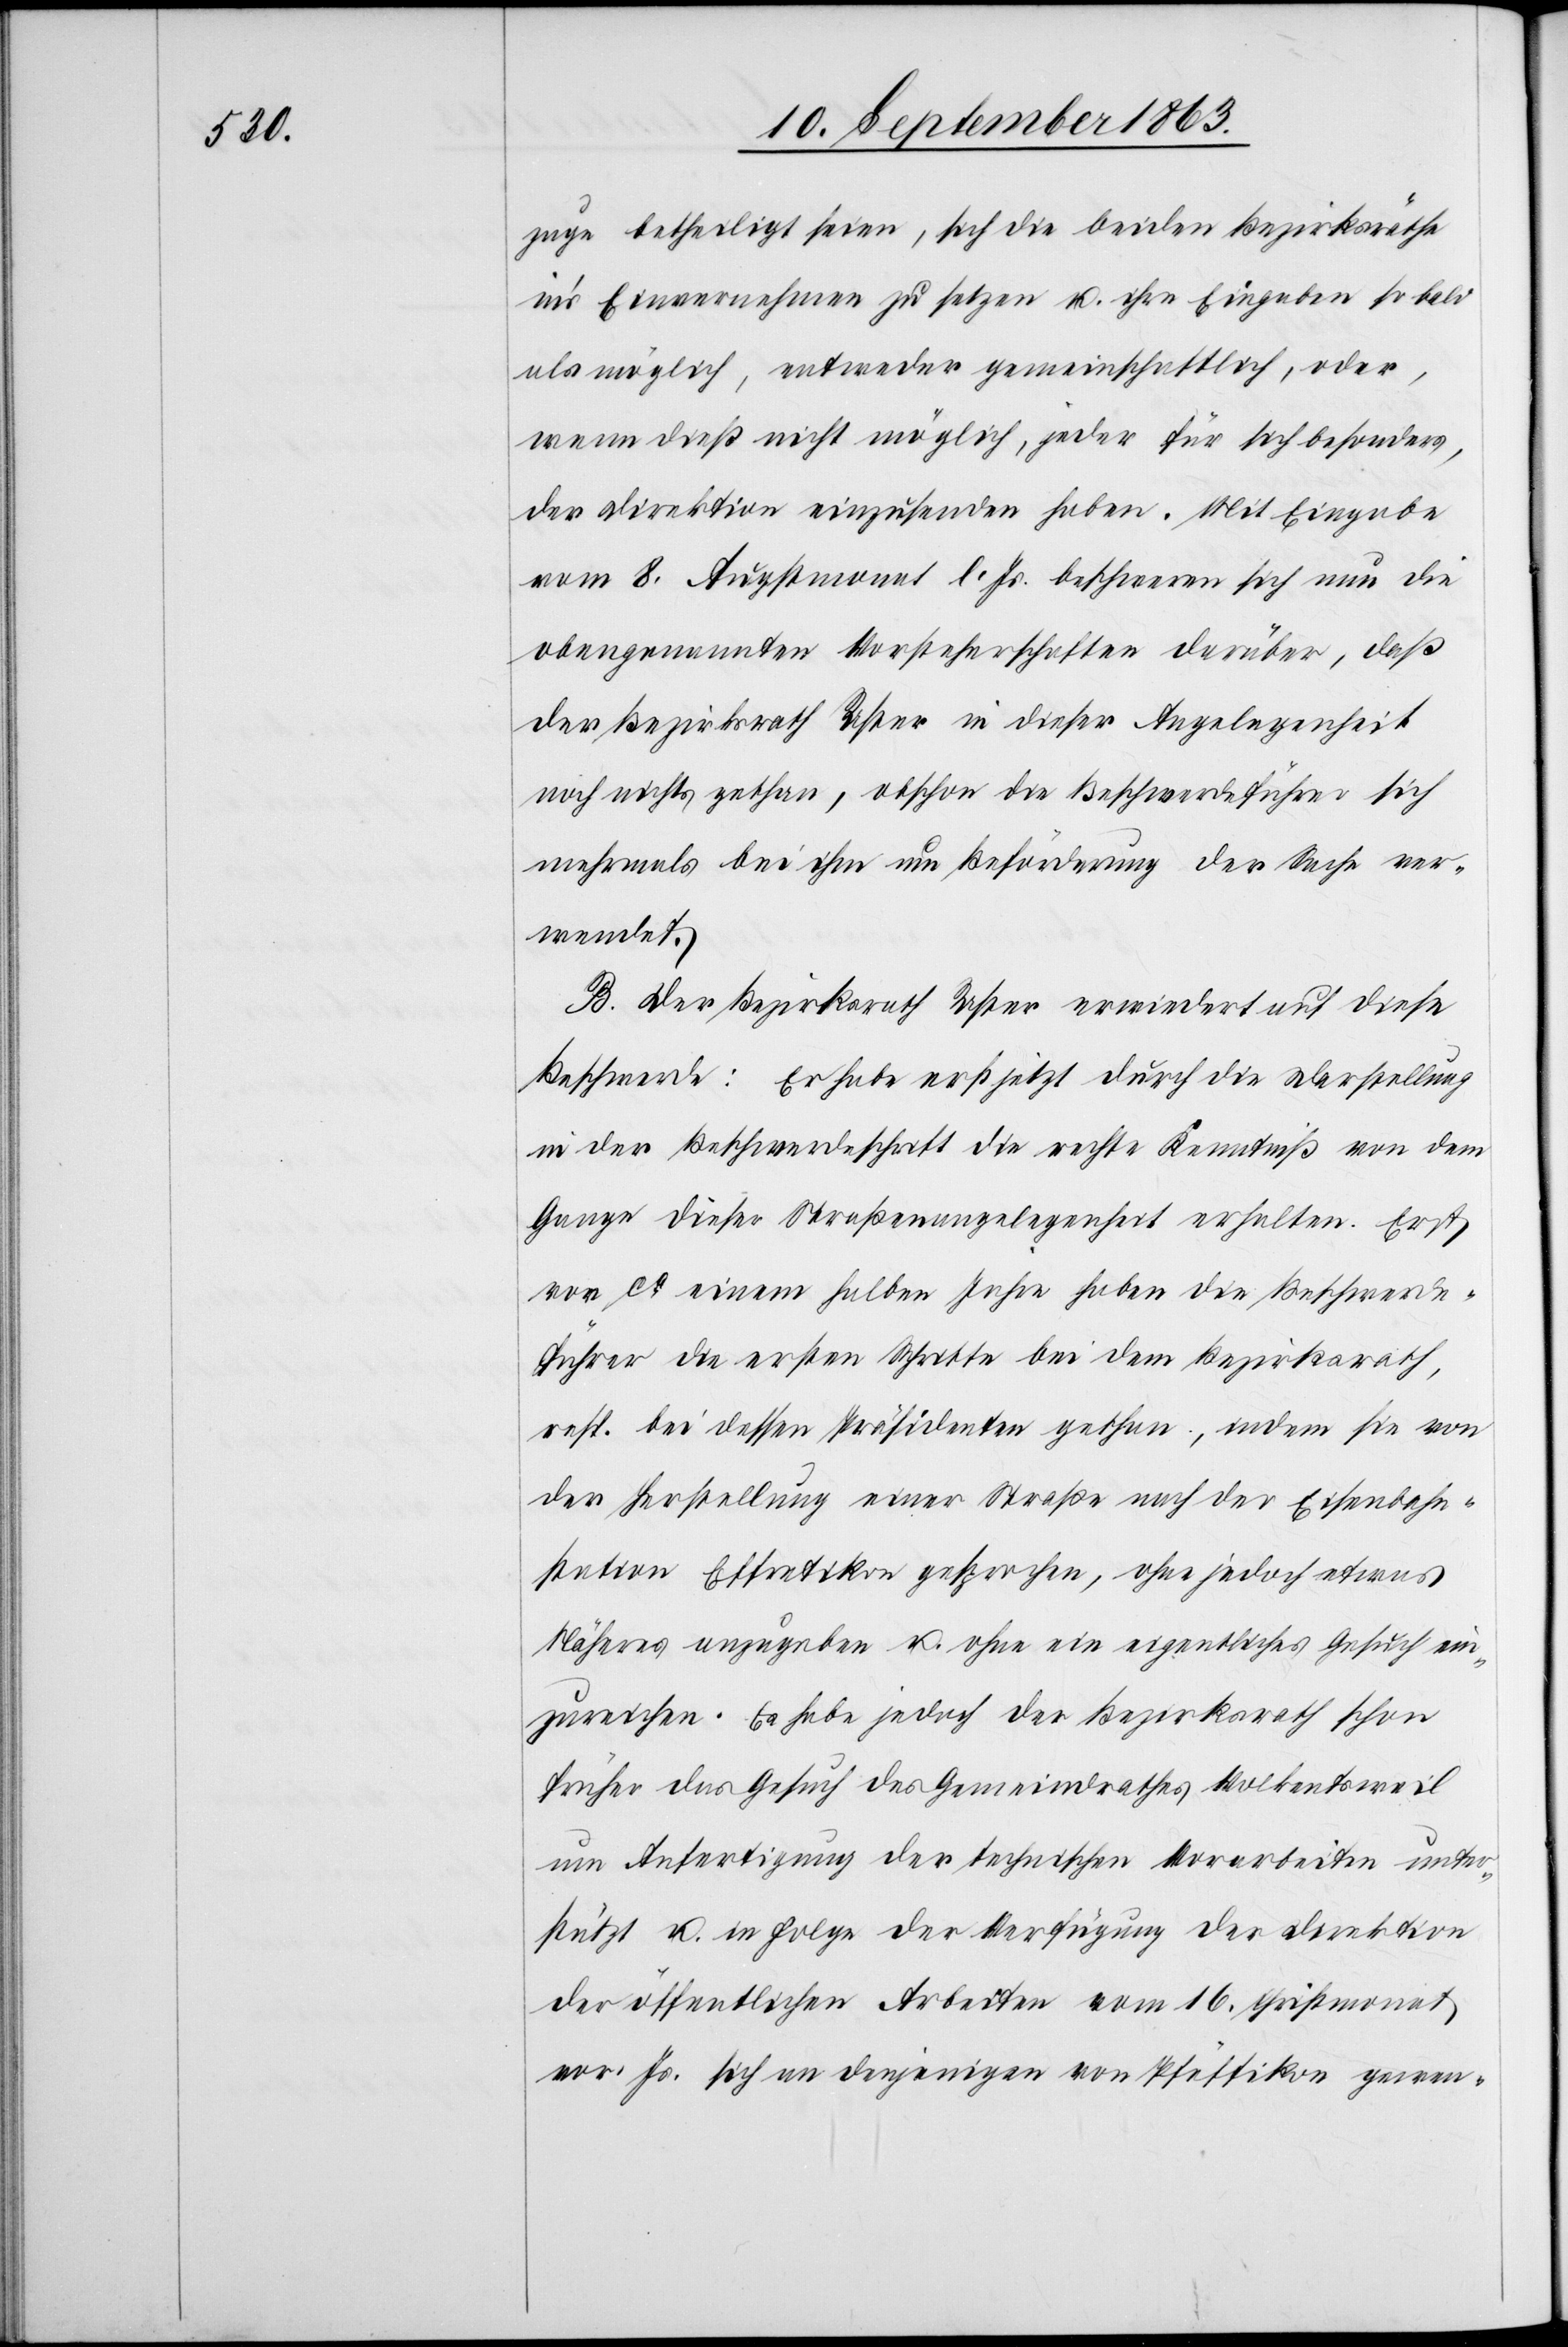
zuge betheiligt seien, sich die beiden Bezirksräthe
in's Einvernehmen zu setzen u. ihre Eingaben so bald
als möglich, entweder gemeinschaftlich, oder,
wenn dieß nicht möglich, jeder für sich besonders,
der Direktion einzusenden haben. Mit Eingabe
vom 8. Augstmonat l. Js. beschweren sich nun die
obengenannten Vorsteherschaften darüber, daß
der Bezirksrath Uster in dieser Angelegenheit
noch nichts gethan, obschon die Beschwerdeführer sich
mehrmals bei ihm um Beförderung der Sache ver¬
wendet.
B. Der Bezirksrath Uster erwiedert auf diese
Beschwerde: Er habe erst jetzt durch die Darstellung
in der Beschwerdeschrift die rechte Kenntniß von dem
Gange dieser Straßenangelegenheit erhalten. Erst
vor ca einem halben Jahre haben die Beschwerde¬
führer die ersten Schritte bei dem Bezirksrath,
resp. bei dessen Präsidenten gethan, indem sie von
der Herstellung einer Straße nach der Eisenbahn¬
station Effretikon gesprochen, ohne jedoch etwas
Näheres anzugeben u. ohne ein eigentliches Gesuch ein¬
zureichen. Es habe jedoch der Bezirksrath schon
früher das Gesuch des Gemeindrathes Volkentsweil
um Anfertigung der technischen Vorarbeiten unter¬
stützt u. in Folge der Verfügung der Direktion
der öffentlichen Arbeiten vom 16. Christmonat
vor. Js. sich an denjenigen von Pfäffikon gewen-